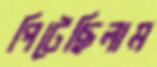
পিটেছিলাম